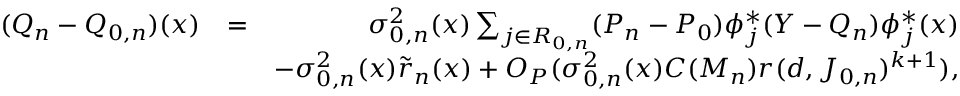
\begin{array} { r l r } { ( Q _ { n } - Q _ { 0 , n } ) ( x ) } & { = } & { \sigma _ { 0 , n } ^ { 2 } ( x ) \sum _ { j \in { \cal R } _ { 0 , n } } ( P _ { n } - P _ { 0 } ) \phi _ { j } ^ { * } ( Y - { Q _ { n } } ) \phi _ { j } ^ { * } ( x ) } \\ & { } & { - \sigma _ { 0 , n } ^ { 2 } ( x ) \tilde { r } _ { n } ( x ) + O _ { P } ( \sigma _ { 0 , n } ^ { 2 } ( x ) C ( M _ { n } ) r ( d , J _ { 0 , n } ) ^ { k + 1 } ) , } \end{array}